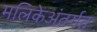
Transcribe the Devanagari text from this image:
मलिकेअंतर्गत